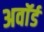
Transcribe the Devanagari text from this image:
अवाॅर्ड